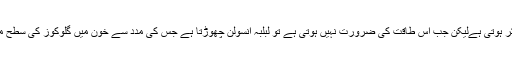
سٹریس سے نیند بھی متاثر ہوتی ہےلیکن جب اس طاقت کی ضرورت نہیں ہوتی ہے تو لبلبہ انسولن چھوڑتا ہے جس کی مدد سے خون میں گلوکوز کی سطح معیار پر واپس آ جاتی ہے۔